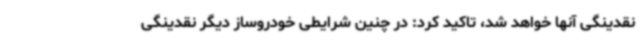
نقدینگی آنها خواهد شد، تاکید کرد: در چنین شرایطی خودروساز دیگر نقدینگی